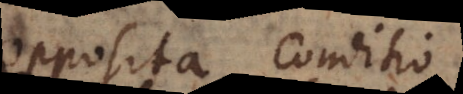
opposita, conditio